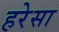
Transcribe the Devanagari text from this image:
हरेसा